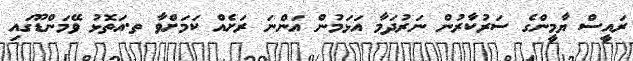
ރައީސް ޔާމީންގެ ސަރުކާރުން ނަރުދަމާ އަޅަމުން އަންނަ ރަށެއް ކަމަށްވާ ތ.އަތޮޅު ވޭމަންޑޫގައި